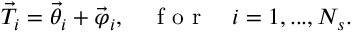
\vec { T } _ { i } = \vec { \theta } _ { i } + \vec { \varphi } _ { i } , \quad \mathrm { ~ f ~ o ~ r ~ } \quad i = 1 , . . . , N _ { s } .